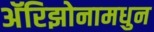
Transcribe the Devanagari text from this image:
अॅरिझोनामधुन